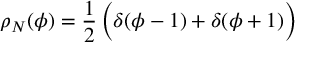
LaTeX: \rho _ { N } ( \phi ) = { \frac { 1 } { 2 } } \, \Bigl ( \delta ( \phi - 1 ) + \delta ( \phi + 1 ) \Bigr )